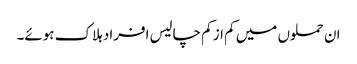
ان حملوں میں کم از کم چالیس افراد ہلاک ہوئے۔